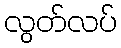
လွတ်လပ်